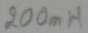
Text: 200mH